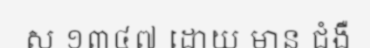
ស ១៣៤៧ ដោយ មាន ជំងឺ